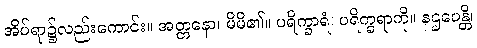
အိပ်ရာ၌လည်းကောင်း။ အတ္တနော၊ မိမိ၏။ ပရိက္ခာရံ၊ ပရိက္ခရာကို။ နဌပေန္တိ၊